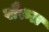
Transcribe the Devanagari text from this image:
खैरुल